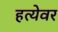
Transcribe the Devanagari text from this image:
हत्येवर